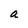
Character: a